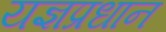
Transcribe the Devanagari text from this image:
यज्ञप्रधान